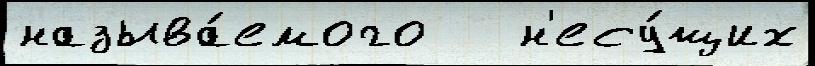
называ́емого   н'есу́щих